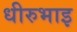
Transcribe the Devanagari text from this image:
धीरुभाइ